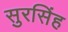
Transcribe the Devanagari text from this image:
सुरसिंह